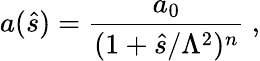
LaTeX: a(\hat{s})={\frac{a_{0}}{(1+\hat{s}/\Lambda^{2})^{n}}}~,